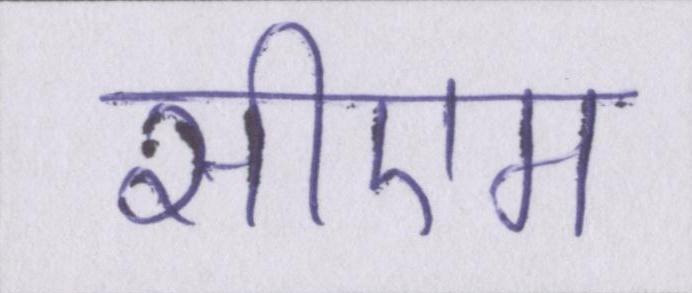
सीएम